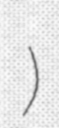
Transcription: Шаховской)